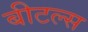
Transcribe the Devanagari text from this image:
बीटल्‍स